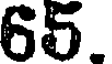
65.